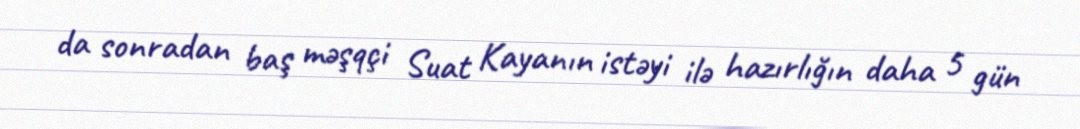
da sonradan baş məşqçi Suat Kayanın istəyi ilə hazırlığın daha 5 gün